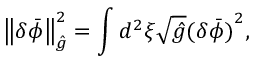
\left\| \delta { \bar { \phi } } \right\| _ { \hat { g } } ^ { 2 } = \int { d ^ { 2 } } \xi \sqrt { \hat { g } } { { ( \delta { \bar { \phi } } ) } ^ { 2 } } ,